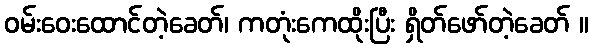
ဝမ်းဝေးထောင်တဲ့ခေတ်၊ ကတုံးကေထိုးပြီး ရှိတ်ဖော်တဲ့ခေတ် ။